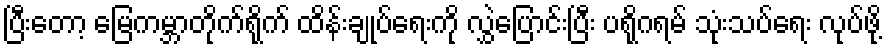
ပြီးတော့ မြေကမ္ဘာတိုက်ရိုက် ထိန်းချုပ်ရေးကို လွှဲပြောင်းပြီး ပရိုဂရမ် သုံးသပ်ရေး လုပ်ဖို့